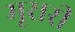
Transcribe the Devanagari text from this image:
मूरारी